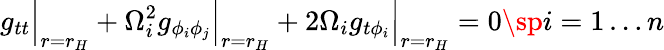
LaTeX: g_{tt}\Big|_{r=r_{H}}+\Omega_{i}^{2}g_{\phi_{i}\phi_{j}}\Big|_{r=r_{H}}+2\Omega_{i}g_{t\phi_{i}}\Big|_{r=r_{H}}=0\sp i=1\ldots n